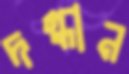
দগ্ধান